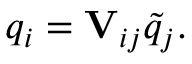
q _ { i } = \mathbf { V } _ { i j } \tilde { q } _ { j } .